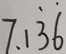
7 . 1 \dot { 3 } \dot { 6 }